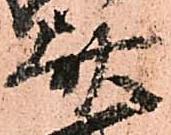
斎